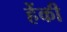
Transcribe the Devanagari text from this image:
हेंकी